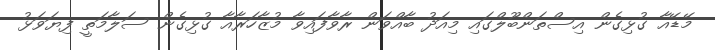
މޭޑޭއާ ގުޅިގެން އިސްތަންބޫލްގައި މިއަދު ބާއްވަން ރާވާފައިވާ މުޒާހަރާއާ ގުޅިގެން ސަލާމަތީ ފިޔަވަޅު